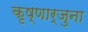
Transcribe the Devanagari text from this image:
कृष्णार्जुना